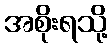
အစိုးရသို့